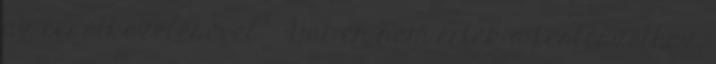
az ecsetkezelésével. - Hát én nem értek a festészethez,